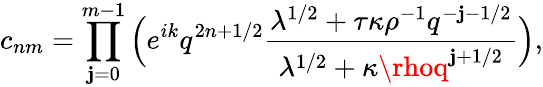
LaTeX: c_{nm}=\prod_{\mathbf{j}=0}^{m-1}\Big(e^{ik}q^{2n+1/2}\frac{{\lambda^{1/2}+\tau\kappa\rho^{-1}q^{-\mathbf{j}-1/2}}}{{\lambda^{1/2}+\kappa\rhoq^{\mathbf{j}+1/2}}}\Big),